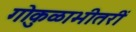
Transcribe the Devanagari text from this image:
गोकुळाभीतरीं